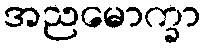
အညမောက္ခာ